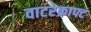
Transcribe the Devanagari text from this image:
वाटरक्राफ्ट